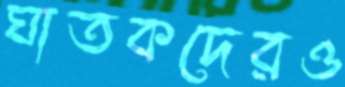
ঘাতকদেরও